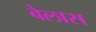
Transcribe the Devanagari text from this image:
बेलास